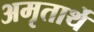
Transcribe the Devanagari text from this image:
अमृतार्थे